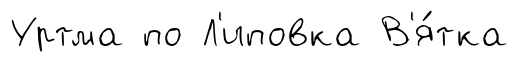
Уртма по Л'иповка В'я́тка